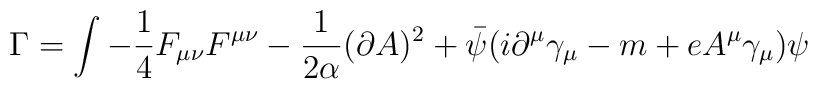
\Gamma=\int -\frac 1 4 F_{\mu\nu}F^{\mu\nu}-\frac 1{2\alpha}(\partial A)^2+\bar{\psi}(i\partial^{\mu}\gamma_{\mu}-m+e A^{\mu}\gamma_{\mu})\psi